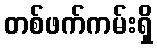
တစ်ဖက်ကမ်းရှိ